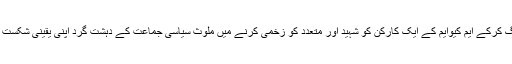
ایک بیان میں رابطہ کمیٹی نے کہاکہ نوابشاہ میں اندھا دھند فائرنگ کرکے ایم کیوایم کے ایک کارکن کو شہید اور متعدد کو زخمی کرنے میں ملوث سیاسی جماعت کے دہشت گرد اپنی یقینی شکست سے بوکھلاہٹ کا شکار ہیں اور اوچھے ہتھکنڈوں پر اتر آئے ہیں۔